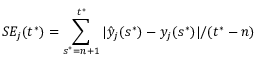
S E _ { j } ( t ^ { * } ) = \sum _ { s ^ { * } = n + 1 } ^ { t ^ { * } } | \hat { y } _ { j } ( s ^ { * } ) - y _ { j } ( s ^ { * } ) | / ( t ^ { * } - n )